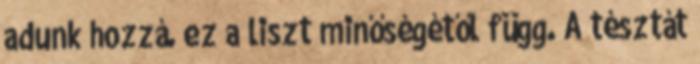
adunk hozzá. ez a liszt minőségétől függ. A tésztát